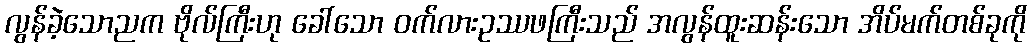
လွန်ခဲ့သောညက ဗိုလ်ကြီးဟု ခေါ်သော ဝက်လားဥဿဖကြီးသည် အလွန်ထူးဆန်းသော အိပ်မက်တစ်ခုကို